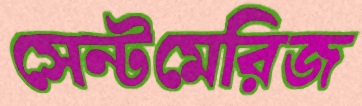
সেন্টমেরিজ